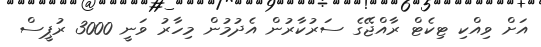
އަށް ވިއްކި ޓިކެޓް ރާއްޖޭގެ ސަރުކާރުން އެދުމުން މިހާރު ވަނީ 3000 ރުޕީސް